Report on sanitation, dispensaries, and jails in Rajputana for 1916, and on vaccination for the year 1916-1917 - 1916-1917
Year: 1916
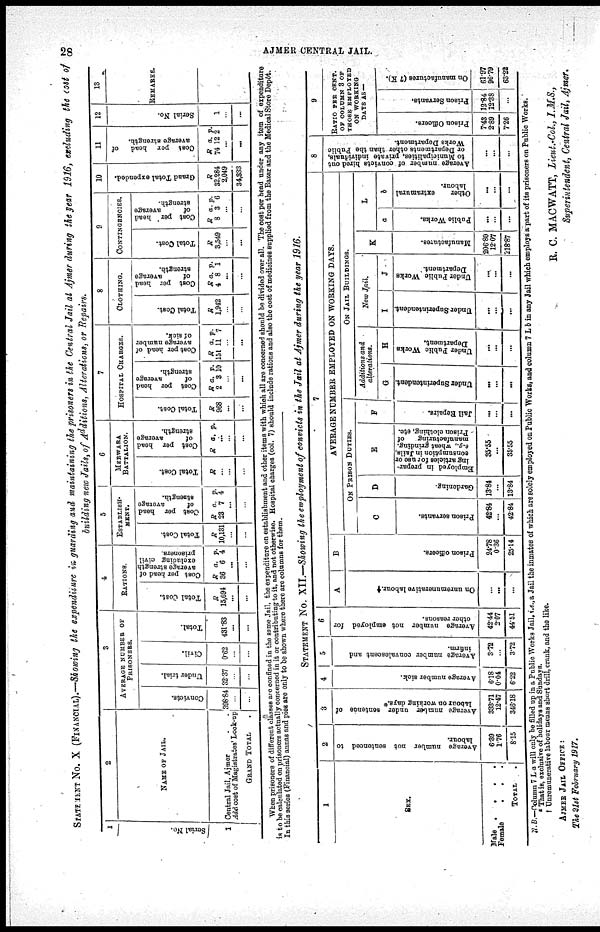
28
AJMER CENTRAL JAIL.
STATEMENT No. X (FINANCIAL).—Showing the expenditure in guarding aud maintaining the prisoners in the Central Jail at Ajmer during the year 1916, excluding the cost of
building new Jails, of Additions, Alterations, or Repairs.
1
Serial No.
1
2
NAME OF JAIL.
Central Jail, Ajmer
Add cost of Magistrates Look-up
GRAND TOTAL .
3
AVERAGE NUMBER OF
PRISONERS.
Convicts.
396.84
...
...
Under trial.
32.37
...
...
Civil.
0.62
...
...
Total.
431.83
...
...
4
RATIONS.
Total Cost.
R
15,694
...
...
Cost per head of
average strength
excluding civil
prisoners.
R
36
a.
6
p.
4
...
...
5
ESTABLISH¬
MENT.
Total Cost.
R
10,131
...
...
Cost per head
of
average
strength.
R
23
a.
7
p.
4
...
...
6
MERWARA
BATTALION.
Total Cost.
R
...
...
...
Cost per head
of
average
strength.
R a.
p.
...
...
...
7
HOSPITAL CHARGES.
Total Cost.
R
968
...
...
Cost per head
of
average
strength.
R
2
a.
3
p.
10
...
...
Cost per head of
average number
of sick.
R
151
a.
11
p.
7
...
...
8
CLOTHING.
Total Cost.
R
1,942
...
...
Cost per head
of
average
strength.
R
4
a.
8
p.
1
...
...
9
CONTINGENCIES.
Total Cost.
R
3,549
...
...
Cost per head
of
average
strength.
R
8
a.
3
p.
6
...
...
10
Grand Total
expended.
R
32,284
2,049
34,333
11
Cost per head of
average strength.
R
74
a.
12
p.
1
...
...
12
Serial No.
1
...
...
13
REMARKS.
When prisoners of different classes are confined in the some Jail, the expenditure on establishment and other items with which all are concerned should be divided over all. The cost per head under any item of expenditure
is to be calculated on prisoners actually concerned in it or contributing to it, and not otherwise. Hospital charges (col. 7) should include rations and also the cost of medicines supplied from the Bazar and the Medical Store Depôt.
In this series (Financial) annas and pies are only to be shown where there are columns for them.
STATEMENT No.XII.—Showing the employment of convicts in the Jail at Ajmer during the year 1916.
1
SEX.
Male . . . .
Female
.
.
.
TOTAL .
2
Average number not sentenced to
labour.
6.39
1.76
8.15
3
Average number under sentence of
labour
on working days.*
333.71
12.47
346.18
4
Average number sick.
6.18
0.04
6.22
5
Average number convalescent and
infirm.
3.72
...
3.72
6
Average number not employed for
other reasons.
42.44
2.07
44.51
7
A
On unremunerative labour.†
...
...
...
B
Prison officers.
24.78
0.36
25.14
AVERAGE NUMBER EMPLOYED ON WORKING DAYS.
ON PRISON DUTIES.
C
Prison servants.
42.84
...
42.84
D
Gardening.
13.84
...
13.84
E
Employed in prepar-
ing articles for use or
consumption in Jails,
e.g.,
wheat grinding,
manufacturing of
Prison clothing, etc.
35.55
...
35.55
F
Jail Repairs.
...
...
...
ON JAIL BUILDINGS.
Additions and
alterations.
G
Under Superintendent
...
...
...
H
Under Public Works
Department.
...
...
...
New Jail.
I
Under Superintendent.
...
...
...
J
Under Public Works
Department
...
...
...
K
Manufactures.
206.80
12.07
...
L
a
Public Works.
...
...
...
b
Other
extramural
labour.
...
...
...
8
Average number of convicts hired out
to Municipalities, private individuals,
or Departments other than the Public
Works Department.
...
...
...
9
RATIO PER CENT.
OF COLUMN 3 OF
THOSE EMPLOYED
ON WORKING
DAYS AS —
Prison Officers.
7.43
2.89
7.26
Prison Servants.
12.84
12.38
...
On manufactures (7 K).
61.97
96.79
63.22
N. B.—Column 7 L a will only be filled up in a Public Works Jail, i.e., a Jail the inmates of which are solely employed on Public Works, and column 7 L b in any Jail which employs a part of its prisoners on Public Works.
*
That is, exclusive of holidays and Sundays.
† Unremunerative labour means short drill, crank, and the like.
R. C. MACWATT, Lieut.-Col., I.M.S.,
Superintendent, Central Jail, Ajmer.
AJMER JAIL OFFICE:
The 21st February 1917.